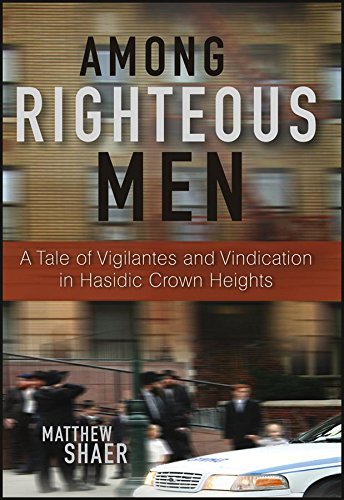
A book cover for Among Righteous Men: A Tale of Vigilantes and Vindication in Hasidic Crown Heights; Matthew Shaer; Religion & Spirituality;